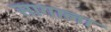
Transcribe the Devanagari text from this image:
सागाला